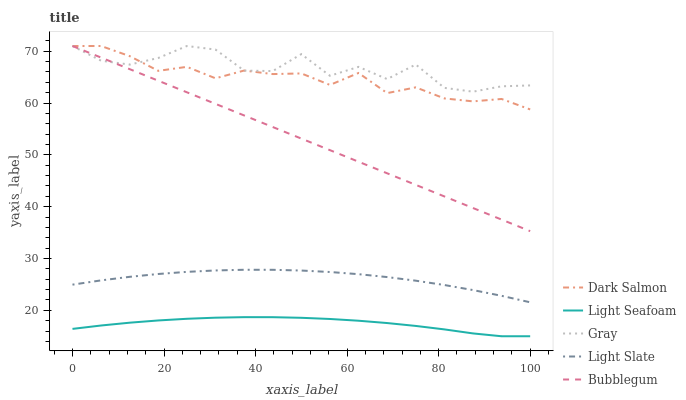
| xaxis_label | Dark Salmon | Light Seafoam | Gray | Light Slate | Bubblegum |
 | --- | --- | --- | --- | --- | --- |
 | 0 | 71 | 16.4 | 71 | 25 | 71 |
 | 6.25 | 71 | 17.1 | 68.2 | 25.8 | 68.8 |
 | 12.5 | 69 | 17.6 | 67.4 | 26.5 | 66.5 |
 | 18.8 | 66.2 | 18 | 68.7 | 27 | 64.3 |
 | 25 | 67 | 18.4 | 71 | 27.4 | 62.1 |
 | 31.2 | 64.8 | 18.6 | 70.3 | 27.7 | 59.8 |
 | 37.5 | 66.3 | 18.7 | 66.3 | 27.8 | 57.6 |
 | 43.8 | 65.6 | 18.7 | 66.2 | 27.8 | 55.4 |
 | 50 | 65.7 | 18.6 | 69.4 | 27.7 | 53.1 |
 | 56.2 | 63.5 | 18.3 | 65.3 | 27.4 | 50.9 |
 | 62.5 | 65.8 | 18 | 67 | 27 | 48.7 |
 | 68.8 | 61.9 | 17.5 | 64.6 | 26.4 | 46.4 |
 | 75 | 63 | 17 | 67.4 | 25.7 | 44.2 |
 | 81.2 | 60.9 | 16.3 | 62.9 | 24.9 | 42 |
 | 87.5 | 60.3 | 15.5 | 62.2 | 23.9 | 39.7 |
 | 93.8 | 60.8 | 15 | 63.2 | 22.8 | 37.5 |
 | 100 | 58.8 | 15 | 63.4 | 21.6 | 35.3 |